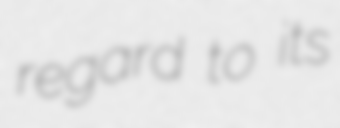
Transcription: regard to its